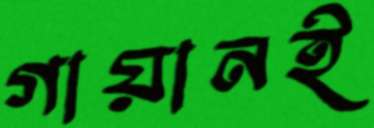
গায়ানই